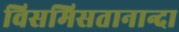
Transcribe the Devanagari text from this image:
विसमिसतानान्दा